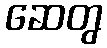
ဆေတွ